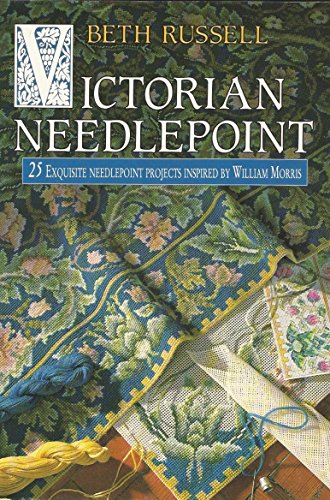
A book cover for Victorian Needlepoint; Beth Russell; Crafts, Hobbies & Home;